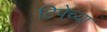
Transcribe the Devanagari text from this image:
टिपेच्या